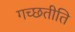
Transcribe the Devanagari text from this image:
गच्छतीति